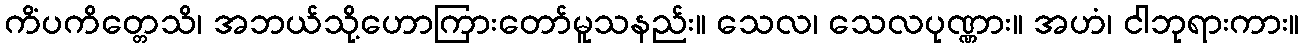
ကိံပကိတ္တေသိ၊ အဘယ်သို့ဟောကြားတော်မူသနည်း။ သေလ၊ သေလပုဏ္ဏား။ အဟံ၊ ငါဘုရားကား။